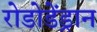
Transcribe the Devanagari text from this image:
रोडोडेंड्रान